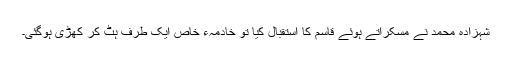
شہزادہ محمد نے مسکراتے ہوئے قاسم کا استقبال کیا تو خادمہء خاص ایک طرف ہٹ کر کھڑی ہوگئی۔